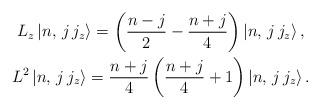
LaTeX: \begin{gather*}L_z \left| n, \, j \, j_z \right> = \left( \frac{n-j}{2} - \frac{n+j}{4} \right)\left| n, \, j \, j_z \right>,\\ L^2 \left| n, \, j \, j_z \right> = \frac{n+j}{4} \left(\frac{n+j}{4} + 1\right)\left| n, \, j \, j_z \right>.\end{gather*}